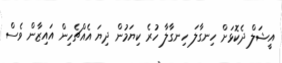
އީޝަލް ދެކޮޅަށް ހިނގާލަ ހިނގާލާ ހުރެ ކިޔަމުން ދިޔަ އެއްޗެހިން އައިޒާން ވެސް